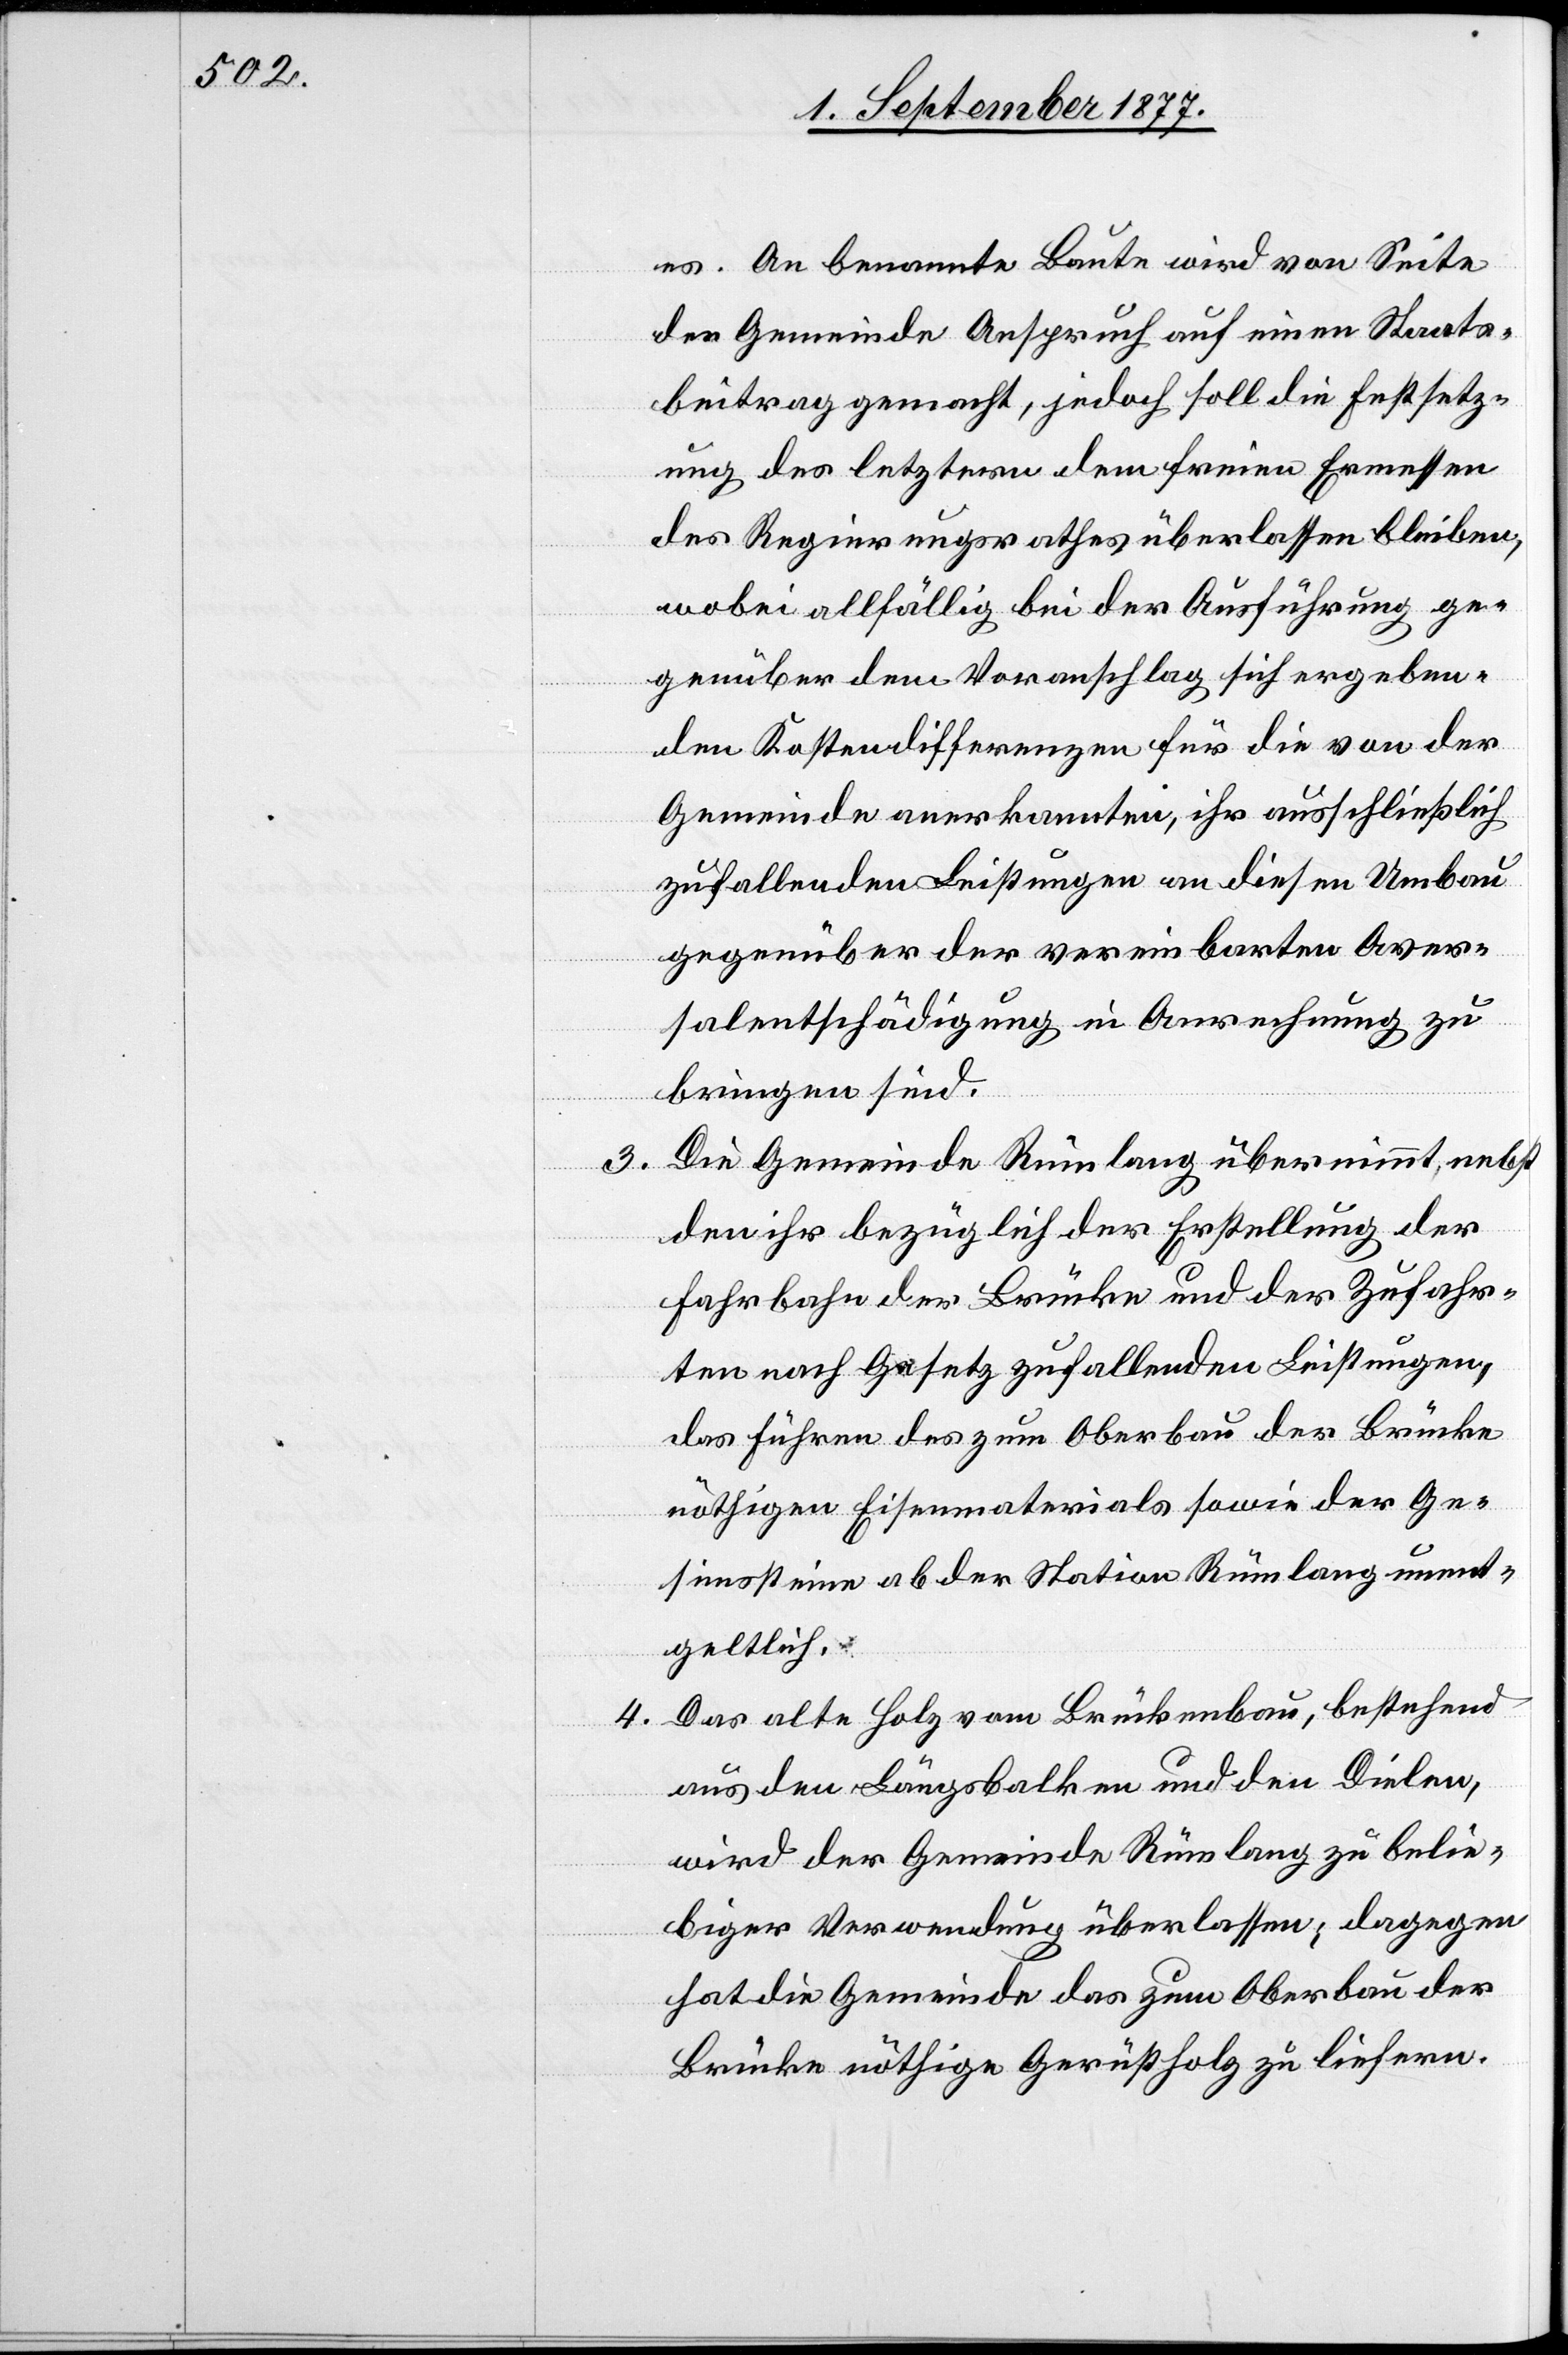
3.

4.

es. An benannte Baute wird von Seite
der Gemeinde Anspruch auf einen Staats¬
beitrag gemacht, jedoch soll die Festsetz¬
ung des letztern dem freien Ermessen
des Regierungsrathes überlassen bleiben,
wobei allfällig bei der Ausführung ge¬
genüber dem Voranschlag sich ergeben¬
den Kostendifferenzen für die von der
Gemeinde anerkannten, ihr ausschließlich
zufallenden Leistungen an diesen Umbau
gegenüber der vereinbarten Aver¬
salentschädigung in Anrechnung zu
bringen sind.
Die Gemeinde Rümlang übernimmt, nebst
den ihr bezüglich der Erstellung der
Fahrbahn der Brücke und der Zufahr¬
ten nach Gesetz zufallenden Leistungen,
das Führen des zum Oberbau der Brücke
nöthigen Eisenmaterials sowie der Ge¬
simssteine ab der Station Rümlang unent¬
geltlich.
Das alte Holz vom Brückenbau, bestehend
aus den Längsbalken und den Dielen,
wird der Gemeinde Rümlang zu belie¬
biger Verwendung überlassen; dagegen
hat die Gemeinde das zum Oberbau der
Brücke nöthige Gerüstholz zu liefern.